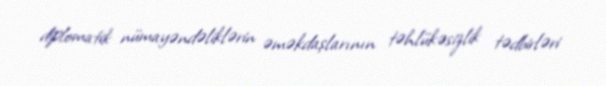
diplomatik nümayəndəliklərin əməkdaşlarının təhlükəsizlik tədbirləri